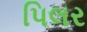
પિલર